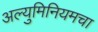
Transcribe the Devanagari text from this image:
अल्युमिनियमचा